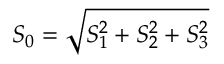
S _ { 0 } = \sqrt { S _ { 1 } ^ { 2 } + S _ { 2 } ^ { 2 } + S _ { 3 } ^ { 2 } }